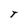
Character: T